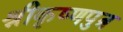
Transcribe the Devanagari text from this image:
श्रीकृष्णपुत्र